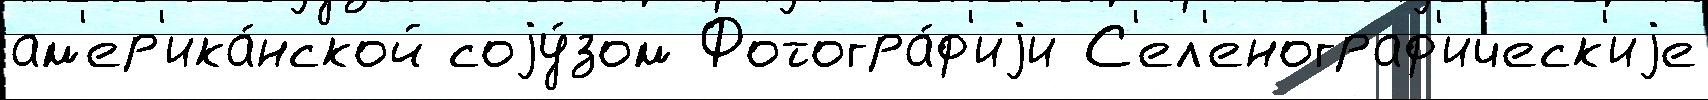
ам'ер'ика́нской соjу́зом Фотогра́ф'иjи С'ел'енограф'ическ'иjе